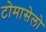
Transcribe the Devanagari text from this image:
टोमासेलो